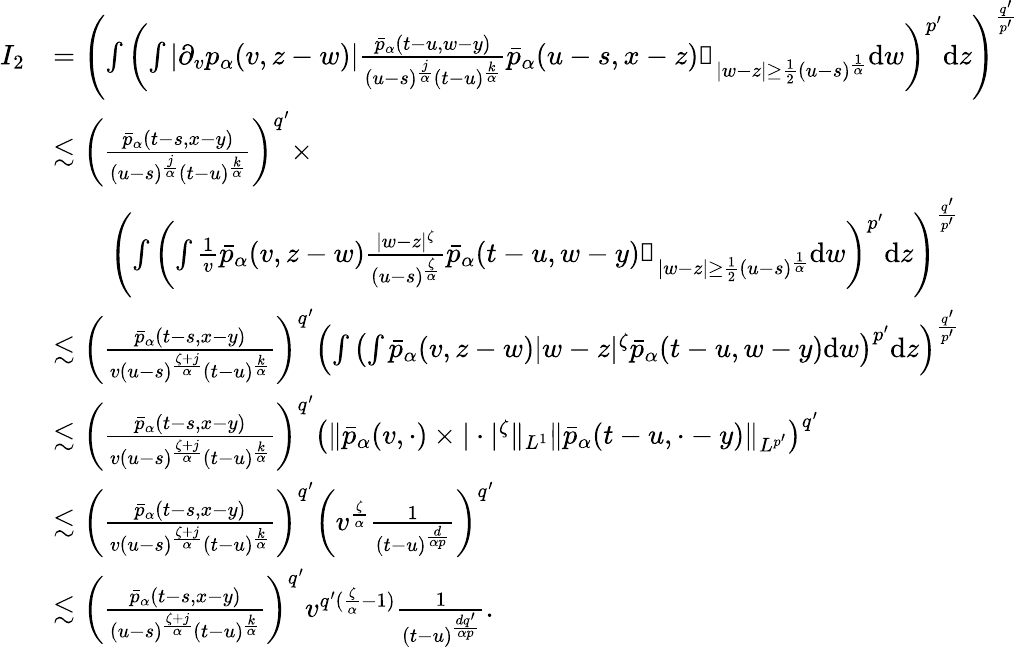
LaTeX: \begin{array}{rl}{I_{2}}&{=\left(\int\left(\int|\partial_{v}p_{\alpha}(v,z-w)|\frac{\bar{p}_{\alpha}(t-u,w-y)}{(u-s)^{\frac{j}{\alpha}}(t-u)^{\frac{k}{\alpha}}}\bar{p}_{\alpha}(u-s,x-z)\mathbb{1}_{|w-z|\geq\frac{1}{2}(u-s)^{\frac{1}{\alpha}}}\mathrm{d}w\right)^{p^{\prime}}\mathrm{d}z\right)^{\frac{q^{\prime}}{p^{\prime}}}}\\ &{\lesssim\left(\frac{\bar{p}_{\alpha}(t-s,x-y)}{(u-s)^{\frac{j}{\alpha}}(t-u)^{\frac{k}{\alpha}}}\right)^{q^{\prime}}\times}\\ &{\qquad\left(\int\left(\int\frac{1}{v}\bar{p}_{\alpha}(v,z-w)\frac{|w-z|^{\zeta}}{(u-s)^{\frac{\zeta}{\alpha}}}\bar{p}_{\alpha}(t-u,w-y)\mathbb{1}_{|w-z|\geq\frac{1}{2}(u-s)^{\frac{1}{\alpha}}}\mathrm{d}w\right)^{p^{\prime}}\mathrm{d}z\right)^{\frac{q^{\prime}}{p^{\prime}}}}\\ &{\lesssim\left(\frac{\bar{p}_{\alpha}(t-s,x-y)}{v(u-s)^{\frac{\zeta+j}{\alpha}}(t-u)^{\frac{k}{\alpha}}}\right)^{q^{\prime}}\left(\int\left(\int\bar{p}_{\alpha}(v,z-w)|w-z|^{\zeta}\bar{p}_{\alpha}(t-u,w-y)\mathrm{d}w\right)^{p^{\prime}}\mathrm{d}z\right)^{\frac{q^{\prime}}{p^{\prime}}}}\\ &{\lesssim\left(\frac{\bar{p}_{\alpha}(t-s,x-y)}{v(u-s)^{\frac{\zeta+j}{\alpha}}(t-u)^{\frac{k}{\alpha}}}\right)^{q^{\prime}}\left(\Vert\bar{p}_{\alpha}(v,\cdot)\times|\cdot|^{\zeta}\Vert_{L^{1}}\Vert\bar{p}_{\alpha}(t-u,\cdot-y)\Vert_{L^{p^{\prime}}}\right)^{q^{\prime}}}\\ &{\lesssim\left(\frac{\bar{p}_{\alpha}(t-s,x-y)}{v(u-s)^{\frac{\zeta+j}{\alpha}}(t-u)^{\frac{k}{\alpha}}}\right)^{q^{\prime}}\left(v^{\frac{\zeta}{\alpha}}\frac{1}{(t-u)^{\frac{d}{\alpha p}}}\right)^{q^{\prime}}}\\ &{\lesssim\left(\frac{\bar{p}_{\alpha}(t-s,x-y)}{(u-s)^{\frac{\zeta+j}{\alpha}}(t-u)^{\frac{k}{\alpha}}}\right)^{q^{\prime}}v^{q^{\prime}(\frac{\zeta}{\alpha}-1)}\frac{1}{(t-u)^{\frac{dq^{\prime}}{\alpha p}}}.}\end{array}